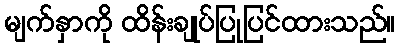
မျက်နှာကို ထိန်းချုပ်ပြုပြင်ထားသည်။